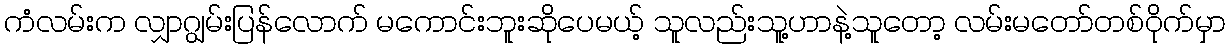
ကံလမ်းက လျှာဂျွမ်းပြန်လောက် မကောင်းဘူးဆိုပေမယ့် သူလည်းသူ့ဟာနဲ့သူတော့ လမ်းမတော်တစ်ဝိုက်မှာ